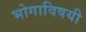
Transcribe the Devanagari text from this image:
भोगाविषयी